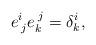
LaTeX: \begin{align*} e^i_{\;j} e_k^{\;j} =\delta ^i _k,\end{align*}